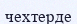
чехтерде